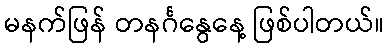
မနက်ဖြန် တနင်္ဂနွေနေ့ ဖြစ်ပါတယ်။